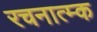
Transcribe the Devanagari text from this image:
रचनात्म्क